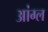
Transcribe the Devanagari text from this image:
आंग्‍ल